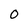
Character: O